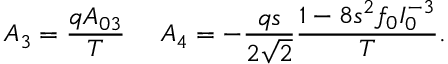
A _ { 3 } = { \frac { q A _ { 0 3 } } { T } } \ \ \ \ A _ { 4 } = - { \frac { q s } { 2 \sqrt 2 } } { \frac { 1 - 8 s ^ { 2 } f _ { 0 } I _ { 0 } ^ { - 3 } } { T } } .